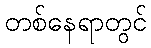
တစ်နေရာတွင်